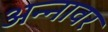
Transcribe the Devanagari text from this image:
अन्‍नावर